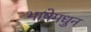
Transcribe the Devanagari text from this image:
भाषेमधुन